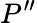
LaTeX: P^{\prime\prime}